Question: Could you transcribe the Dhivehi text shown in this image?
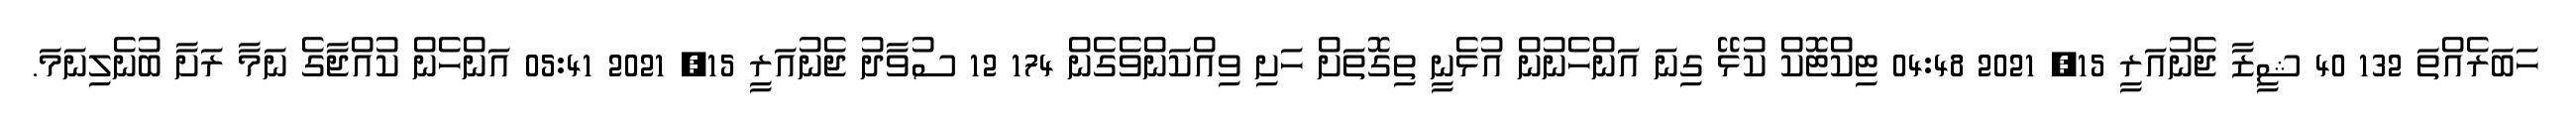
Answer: ހަބަރެއްތަ 132 40 ޝީޒާ ޖެނުއަރީ 15, 2021 04:48 ޓިކްޓޮކް ކުޅޭ ގިނަ އަންހެނުން އުޅެނީ ތިގޮތަށް ހަށި ވިއްކަންވެގެން 174 12 ސުވާދު ޖެނުއަރީ 15, 2021 05:41 އަންހެން ކުއްޖާގެ ނަމާ ރަށާ ބުނެލިނަމަ.